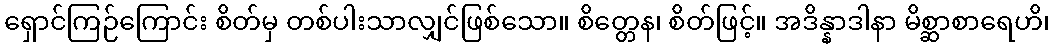
ရှောင်ကြဉ်ကြောင်း စိတ်မှ တစ်ပါးသာလျှင်ဖြစ်သော။ စိတ္တေန၊ စိတ်ဖြင့်။ အဒိန္နာဒါနာ မိစ္ဆာစာရေဟိ၊